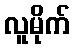
လူမိုက်